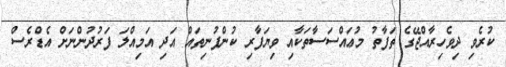
ކުރެވި ދިވެހިރާއްޖޭގެ ތަފާތު މުޢައްސަސާތަކާއި ވިޔަފާރި ކުންފުނިތައް އަދި އަމިއްލަ ފަރުދުންނަށް އެޑްރެސް